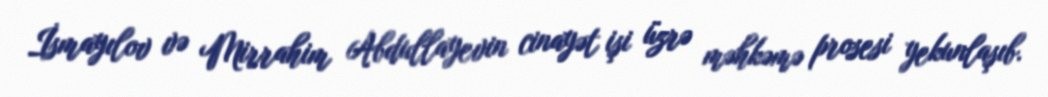
İsmayılov və Mirrahim Abdullayevin cinayət işi üzrə məhkəmə prosesi yekunlaşıb.